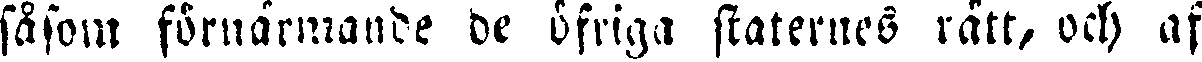
såsom förnärmande de öfriga skaternes rätt, och af